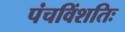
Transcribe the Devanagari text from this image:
पंचविंशतिः